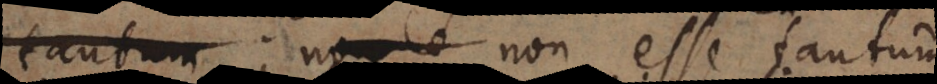
tantum non esse tantum